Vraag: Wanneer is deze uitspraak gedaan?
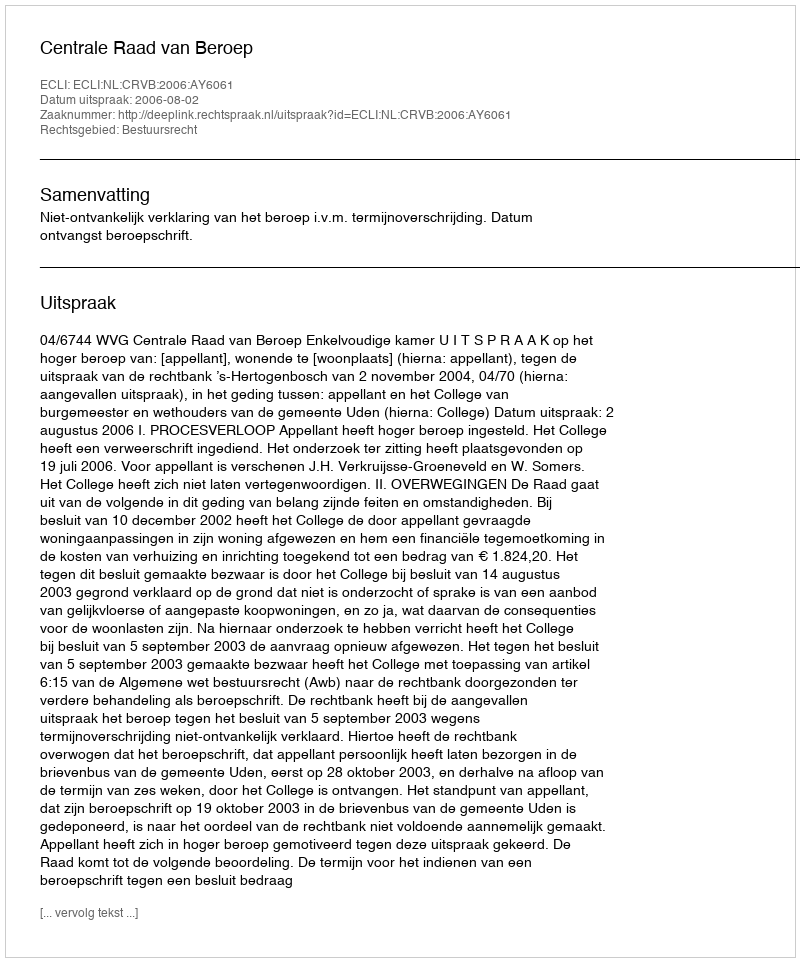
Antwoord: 2006-08-02